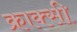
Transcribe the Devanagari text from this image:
क्राक्सी